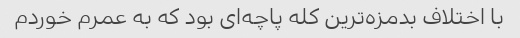
با اختلاف بدمزه‌ترین کله پاچه‌ای بود که به عمرم خوردم